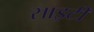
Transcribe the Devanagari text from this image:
साइटी